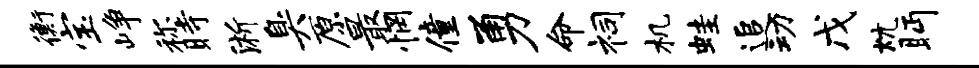
衡宝峥称时淅臭原最惘僮勇命祠机蛙追动戊炕眄